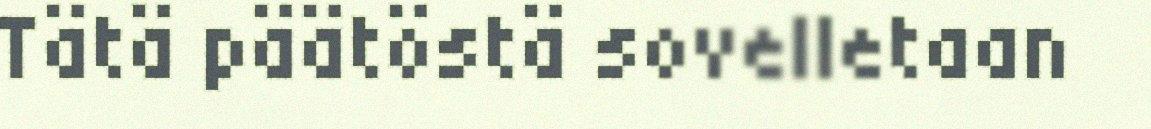
Tätä päätöstä sovelletaan